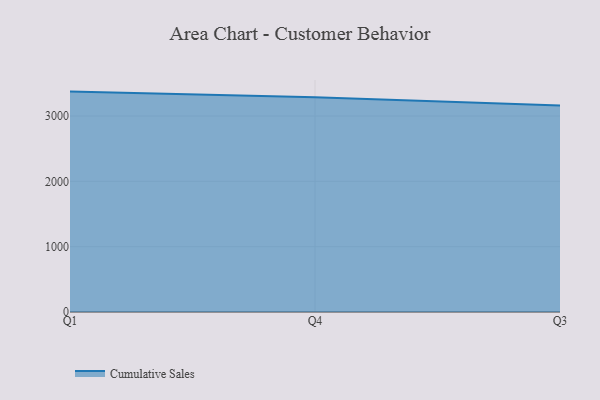
{"axis": {"x": "Quarter", "y": "Satisfaction Score"}, "legend": ["Cumulative Sales"], "data": [{"x": "Q1", "y": 3373.6, "type": "Cumulative Sales"}, {"x": "Q4", "y": 3285.8, "type": "Cumulative Sales"}, {"x": "Q3", "y": 3162.3, "type": "Cumulative Sales"}]}